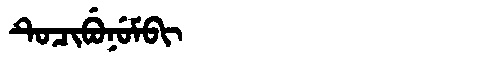
Manchu: ᡨᡠᠴᡳᠪᡠᠨᡠᠮᠪᡳ
Romanization: TUCIBUNUMBI